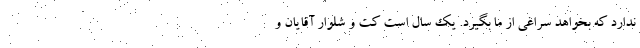
ندارد که بخواهد سراغی از ما بگیرد. یک سال است کت و شلوار آقایان و